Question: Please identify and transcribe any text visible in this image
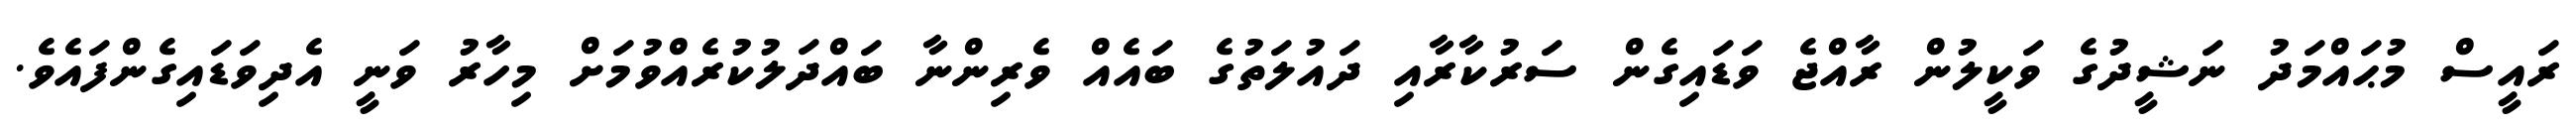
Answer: ރައީސް މުޙައްމަދު ނަޝީދުގެ ވަކީލުން ރާއްޖެ ވަޑައިގެން ސަރުކާރާއި ދައުލަތުގެ ބައެއް ވެރިންނާ ބައްދަލުކުރެއްވުމަށް މިހާރު ވަނީ އެދިވަޑައިގެންފައެވެ.